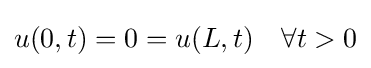
u(0,t)=0=u(L,t)\quad \forall t>0